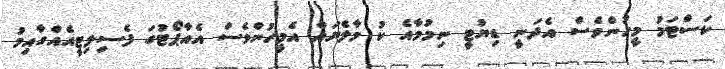
ކަސްޓަމު މީހުންވެސް އެދަނީ ޑިޔުޓީ ނިމުމާއެ ކު މާލެޔައް އެމީހުންވެސް އެއާޕޯޓުގަ ފެސިލިޓީއެއްގާއިމު